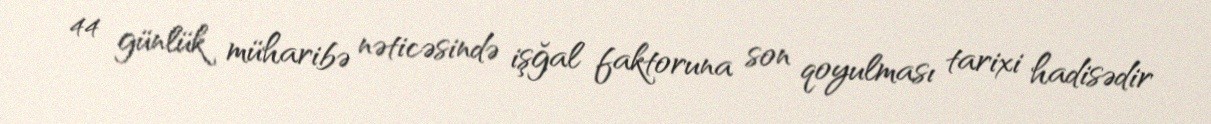
44 günlük müharibə nəticəsində işğal faktoruna son qoyulması tarixi hadisədir